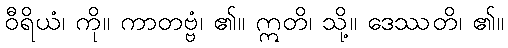
ဝီရိယံ၊ ကို။ ကာတဗ္ဗံ၊ ၏။ ဣတိ၊ သို့။ ဒေဿတိ၊ ၏။